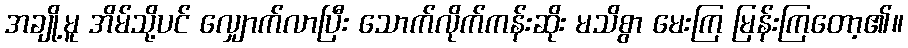
အချို့မူ အိမ်သို့ပင် လျှောက်လာပြီး သောက်လိုက်ကန်းဆိုး မသိစွာ မေးကြ မြန်းကြတော့၏။